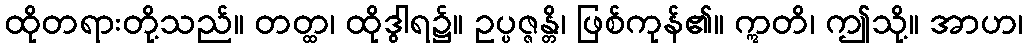
ထိုတရားတို့သည်။ တတ္ထ၊ ထိုဒွါရ၌။ ဥပ္ပဇ္ဇန္တိ၊ ဖြစ်ကုန်၏။ ဣတိ၊ ဤသို့။ အာဟ၊